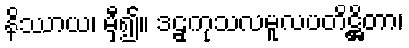
နိဿာယ၊ မှီ၍။ ဒဠှကုသလမူလပတိဋ္ဌိတာ၊